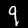
Label: 9